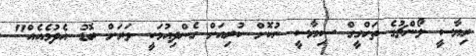
ރިޔާސީ ލޯންޗުގެ ތަހްގީގް ސިޔާސީ ނުކޮށް ކުރިއަށް ގެންދިއުމަކީ ވަރަށް ބޮޑު އެދުމެއެއް"